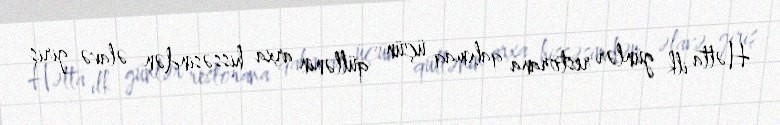
Hətta ilk günlər restorana qalxmaq üçün qüllənin arxa hissəsindən əlavə giriş